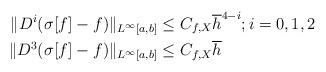
LaTeX: \begin{align*} \| D^i(\sigma[f]-f) \|_{L^{\infty}[a,b]} &\leq C_{f,X} \overline{h}^{4-i};i=0,1,2 {}\\ \| D^3(\sigma[f]-f) \|_{L^{\infty}[a,b]} &\leq C_{f,X} \overline{h} \end{align*}